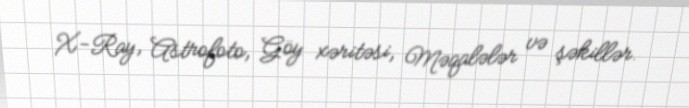
X-Ray, Astrofoto, Göy xəritəsi, Məqalələr və şəkillər.